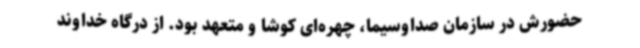
حضورش در سازمان صداوسیما، چهره‌ای کوشا و متعهد بود. از درگاه خداوند